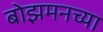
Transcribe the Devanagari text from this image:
बोझमनच्या